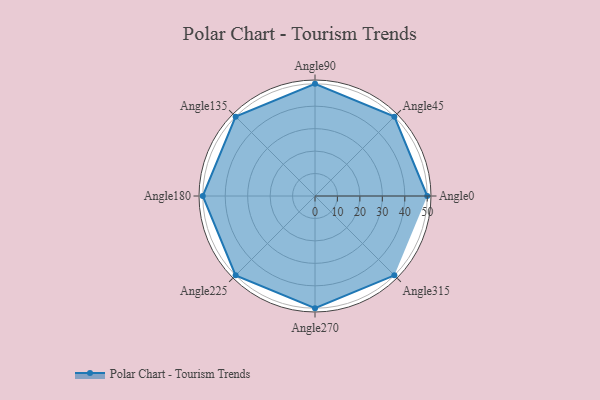
{"axis": {"x": "Angle", "y": "Radius"}, "legend": [""], "data": [{"x": "Angle0", "y": 50, "type": ""}, {"x": "Angle45", "y": 50, "type": ""}, {"x": "Angle90", "y": 50, "type": ""}, {"x": "Angle135", "y": 50, "type": ""}, {"x": "Angle180", "y": 50, "type": ""}, {"x": "Angle225", "y": 50, "type": ""}, {"x": "Angle270", "y": 50, "type": ""}, {"x": "Angle315", "y": 50, "type": ""}]}